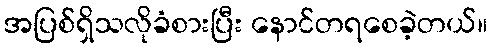
အပြစ်ရှိသလိုခံစားပြီး နောင်တရစေခဲ့တယ်။